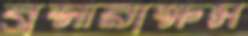
ব্রহ্মরাক্ষস